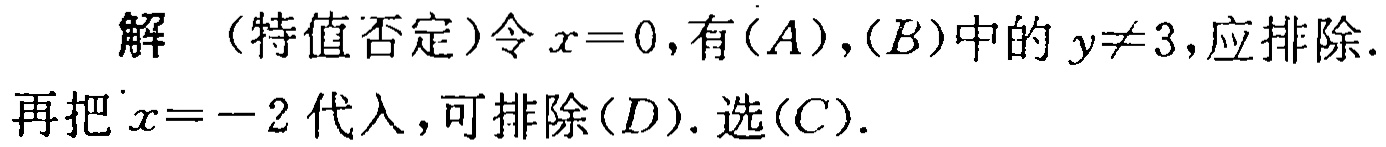
解 （特值否定）令 \(x = 0\)，有\((A)\)，\((B)\)中的 \(y\neq3\)，应排除. 再把 \(x = - 2\) 代入，可排除\((D)\). 选\((C)\).